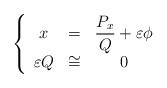
LaTeX: \begin{align*}\left\{ \begin{array}{ccc}x & = & \dfrac{P_{x}}{Q}+\varepsilon \phi \\ \varepsilon Q & \cong & 0\end{array}\right. \end{align*}